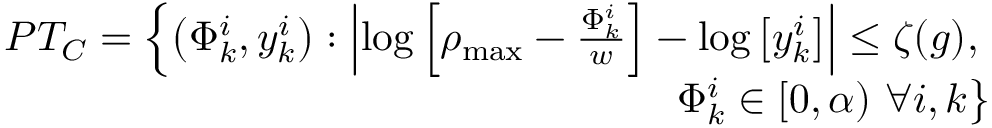
\begin{array} { r } { P T _ { C } = \left\{ \left( \Phi _ { k } ^ { i } , y _ { k } ^ { i } \right) : \left| \log \left[ \rho _ { \operatorname* { m a x } } - \frac { \Phi _ { k } ^ { i } } { w } \right] - \log \left[ y _ { k } ^ { i } \right] \right| \leq \zeta ( g ) , \right. } \\ { \left. \Phi _ { k } ^ { i } \in [ 0 , \alpha ) \ \forall i , k \right\} } \end{array}